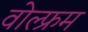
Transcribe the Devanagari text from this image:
वोल्फ्रम